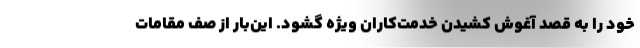
خود را به قصد آغوش کشیدن خدمت‌کاران ویژه گشود. این‌بار از صف مقامات